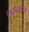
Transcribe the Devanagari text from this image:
किरिबाटीच्या